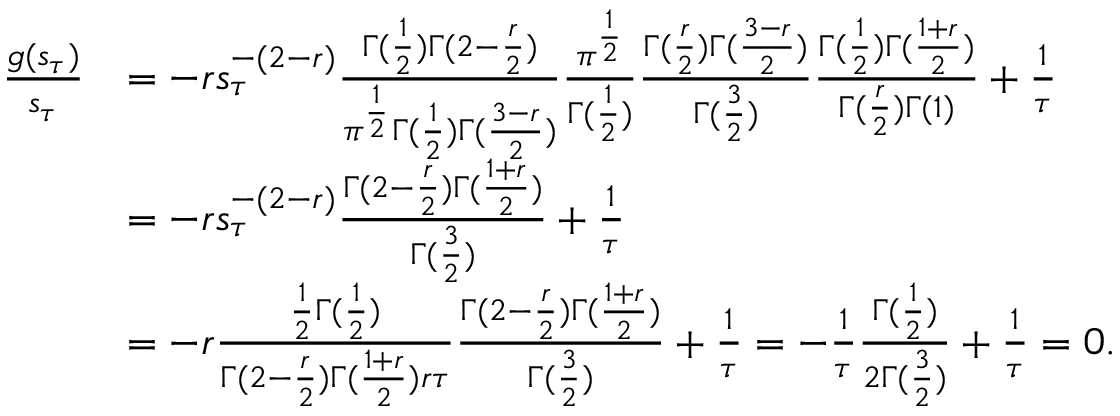
\begin{array} { r l } { \frac { g ( s _ { \tau } ) } { s _ { \tau } } } & { = - r s _ { \tau } ^ { - ( 2 - r ) } \frac { \Gamma ( \frac 1 2 ) \Gamma ( 2 - \frac { r } { 2 } ) } { \pi ^ { \frac { 1 } { 2 } } \Gamma ( \frac 1 2 ) \Gamma ( \frac { 3 - r } { 2 } ) } \frac { \pi ^ { \frac { 1 } { 2 } } } { \Gamma ( \frac 1 2 ) } \frac { \Gamma ( \frac { r } { 2 } ) \Gamma ( \frac { 3 - r } { 2 } ) } { \Gamma ( \frac 3 2 ) } \frac { \Gamma ( \frac 1 2 ) \Gamma ( \frac { 1 + r } { 2 } ) } { \Gamma ( \frac { r } { 2 } ) \Gamma ( 1 ) } + \frac 1 \tau } \\ & { = - r s _ { \tau } ^ { - ( 2 - r ) } \frac { \Gamma ( 2 - \frac { r } { 2 } ) \Gamma ( \frac { 1 + r } { 2 } ) } { \Gamma ( \frac 3 2 ) } + \frac 1 \tau } \\ & { = - r \frac { \frac { 1 } { 2 } \Gamma ( \frac 1 2 ) } { \Gamma ( 2 - \frac { r } { 2 } ) \Gamma ( \frac { 1 + r } { 2 } ) r \tau } \frac { \Gamma ( 2 - \frac { r } { 2 } ) \Gamma ( \frac { 1 + r } { 2 } ) } { \Gamma ( \frac 3 2 ) } + \frac 1 \tau = - \frac 1 \tau \frac { \Gamma ( \frac 1 2 ) } { 2 \Gamma ( \frac 3 2 ) } + \frac 1 \tau = 0 . } \end{array}